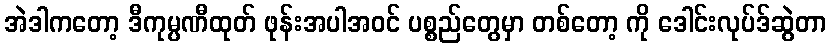
အဲဒါကတော့ ဒီကုမ္ပဏီထုတ် ဖုန်းအပါအဝင် ပစ္စည်တွေမှာ တစ်တော့ ကို ဒေါင်းလုပ်ဒ်ဆွဲတာ